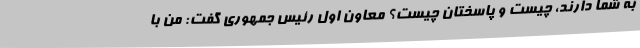
به شما دارند، چیست و پاسختان چیست؟ معاون اول رئیس جمهوری گفت: من با